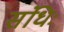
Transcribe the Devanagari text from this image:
संधिः